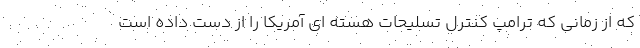
که از زمانی که ترامپ کنترل تسلیحات هسته ای آمریکا را از دست داده است